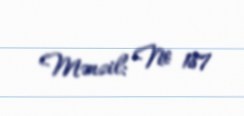
Mənzil: № 187